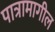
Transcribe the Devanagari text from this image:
पात्रामागील